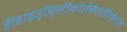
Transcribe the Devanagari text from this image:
डीहाइड्रॉक्सीकोलेकैलसिफ़ेरॉल